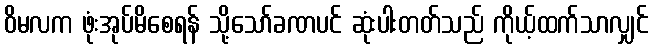
ဝိမလက ဖုံးအုပ်မိစေရန် သို့သော်ခဏပင် ဆုံးပါးတတ်သည် ကိုယ့်ထက်သာလျှင်